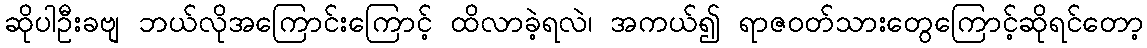
ဆိုပါဦးခဗျ ဘယ်လိုအကြောင်းကြောင့် ထိလာခဲ့ရလဲ၊ အကယ်၍ ရာဇ၀တ်သားတွေကြောင့်ဆိုရင်တော့